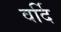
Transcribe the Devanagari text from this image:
वर्दि